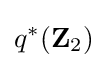
q^{*}(\mathbf {Z} _{2})